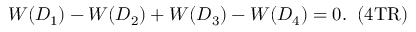
W ( D _ { 1 } ) - W ( D _ { 2 } ) + W ( D _ { 3 } ) - W ( D _ { 4 } ) = 0 . \; \; \mathrm { ( 4 T R ) }